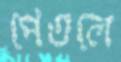
পেতলে